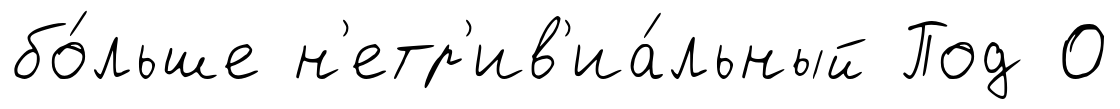
бо́льше н'етр'ив'иа́льный Под 0